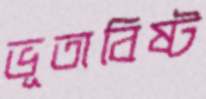
ভূতাবিষ্ট